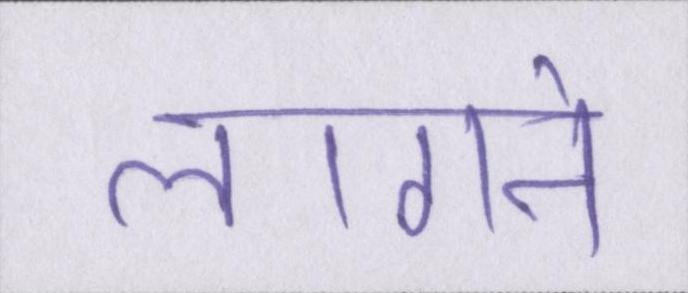
लागने